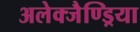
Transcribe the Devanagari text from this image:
अलेक्जैण्ड्रिया